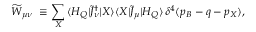
\widetilde { W } _ { \mu \nu } \ \equiv \sum _ { X } \, \langle H _ { Q } | \widetilde { J } _ { \nu } ^ { \dagger } | X \rangle \langle X | \widetilde { J } _ { \mu } | H _ { Q } \rangle \, \delta ^ { 4 } ( p _ { B } - q - p _ { X } ) ,